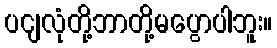
ပငျလုံတို့ဘာတို့မပွောပါဘူး။